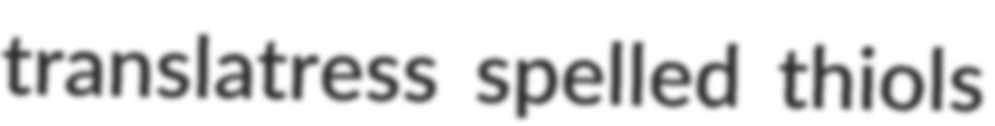
translatress spelled thiols